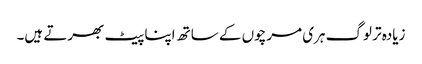
زیادہ تر لوگ ہری مرچوں کے ساتھ اپنا پیٹ بھرتے ہیں۔